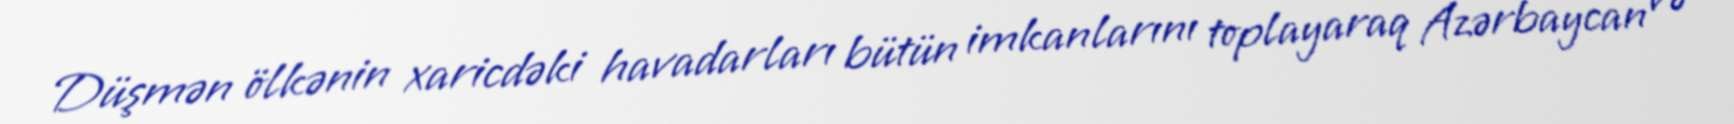
Düşmən ölkənin xaricdəki havadarları bütün imkanlarını toplayaraq Azərbaycan və